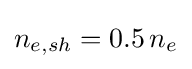
n_{e,sh}=0.5\,n_{e}